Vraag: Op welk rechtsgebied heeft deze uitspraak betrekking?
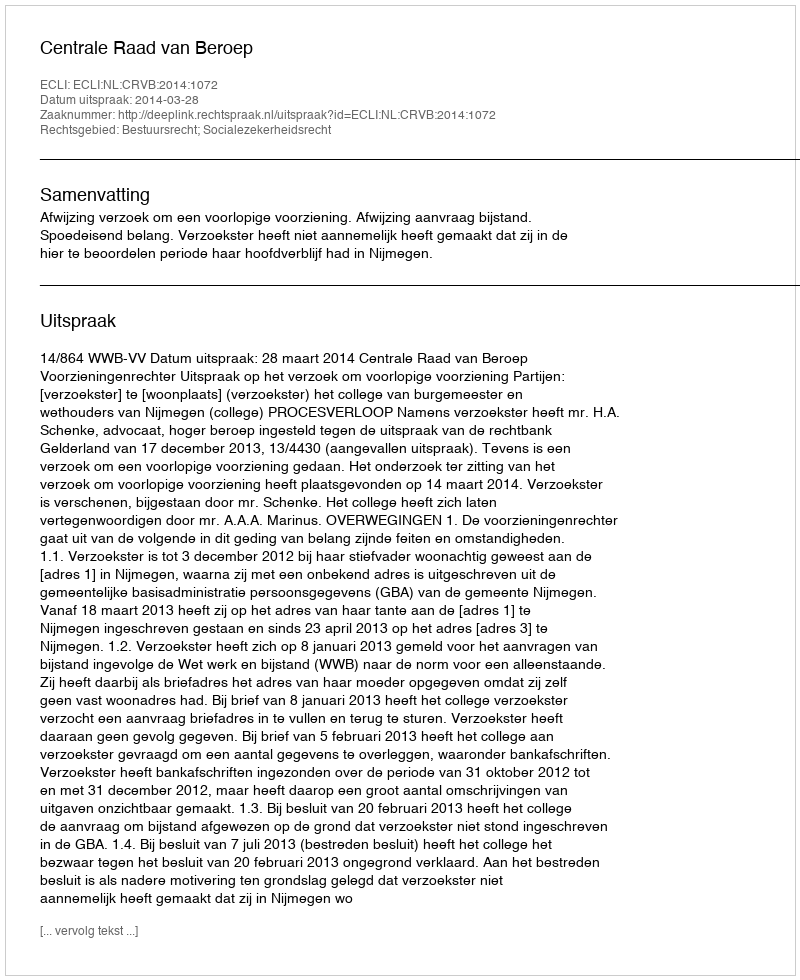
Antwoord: Bestuursrecht; Socialezekerheidsrecht